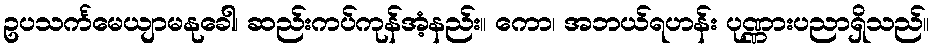
ဥပသင်္ကမေယျာမနုခေါ၊ ဆည်းကပ်ကုန်အံ့နည်း။ ကော၊ အဘယ်ရဟန်း ပုဏ္ဏားပညာရှိသည်။